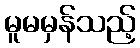
မူမမှန်သည့်